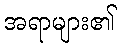
အရာများ၏